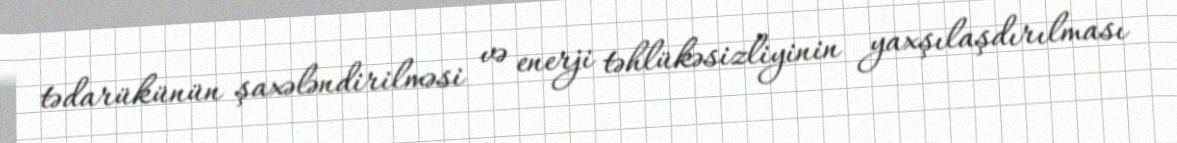
tədarükünün şaxələndirilməsi və enerji təhlükəsizliyinin yaxşılaşdırılması